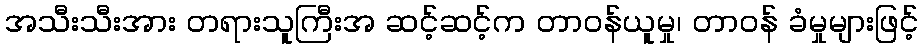
အသီးသီးအား တရားသူကြီးအ ဆင့်ဆင့်က တာဝန်ယူမှု၊ တာဝန် ခံမှုများဖြင့်